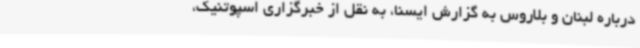
درباره لبنان و بلاروس به گزارش ایسنا، به نقل از خبرگزاری اسپوتنیک،